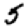
Digit: 5